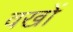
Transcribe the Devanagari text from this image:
वखों